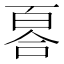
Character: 𠷡